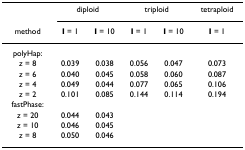
<table><thead><tr><td></td><td colspan="2"><b>diploid</b></td><td colspan="2"><b>triploid</b></td><td><b>tetraploid</b></td></tr><tr><td><b>method</b></td><td><b>I = 1</b></td><td><b>I = 10</b></td><td><b>I = 1</b></td><td><b>I = 10</b></td><td><b>I = 1</b></td></tr></thead><tbody><tr><td>polyHap:</td><td></td><td></td><td></td><td></td><td></td></tr><tr><td><i>z </i>= 8</td><td>0.039</td><td>0.038</td><td>0.056</td><td>0.047</td><td>0.073</td></tr><tr><td><i>z </i>= 6</td><td>0.040</td><td>0.045</td><td>0.058</td><td>0.060</td><td>0.087</td></tr><tr><td><i>z </i>= 4</td><td>0.049</td><td>0.044</td><td>0.077</td><td>0.065</td><td>0.106</td></tr><tr><td><i>z </i>= 2</td><td>0.101</td><td>0.085</td><td>0.144</td><td>0.114</td><td>0.194</td></tr><tr><td>fastPhase:</td><td></td><td></td><td></td><td></td><td></td></tr><tr><td><i>z </i>= 20</td><td>0.044</td><td>0.043</td><td></td><td></td><td></td></tr><tr><td><i>z </i>= 10</td><td>0.046</td><td>0.045</td><td></td><td></td><td></td></tr><tr><td><i>z </i>= 8</td><td>0.050</td><td>0.046</td><td></td><td></td><td></td></tr></tbody></table>